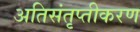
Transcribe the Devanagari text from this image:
अतिसंतृप्तीकरण